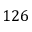
1 2 6